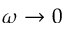
\omega \rightarrow 0